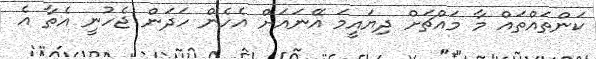
ކަންތައްތައް މާ މައްޗަށް ދިޔައީމަ އޭނައަށް އެހެން ހަދަން ޖެހުނީ އެތާ އެ